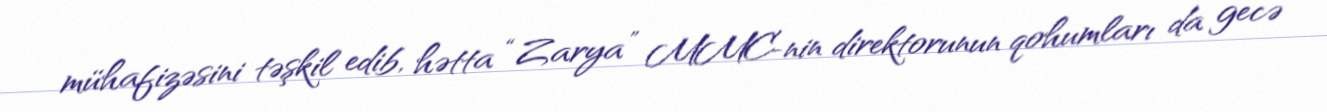
mühafizəsini təşkil edib, hətta “Zarya” MMC-nin direktorunun qohumları da gecə